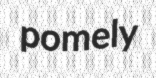
pomely